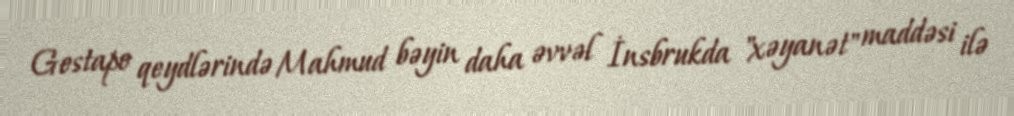
Gestapo qeydlərində Mahmud bəyin daha əvvəl İnsbrukda "xəyanət" maddəsi ilə